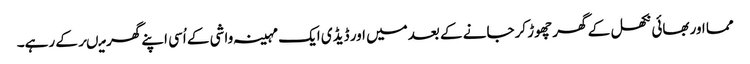
مما اوربھائی نکھل کے گھر چھوڑ کرجانے کے بعدمیں اور ڈیڈی ایک مہینہ واشی کے اُسی اپنے گھر میںرکے رہے۔